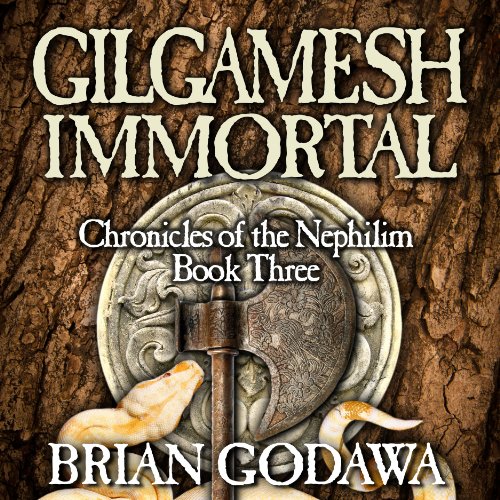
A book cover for Gilgamesh Immortal: Chronicles of the Nephilim (Volume 3); Brian Godawa; Religion & Spirituality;